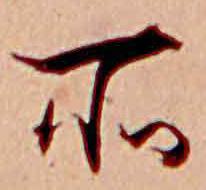
所